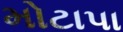
મોટાપા